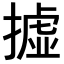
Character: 𢴮